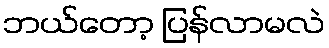
ဘယ်တော့ ပြန်လာမလဲ